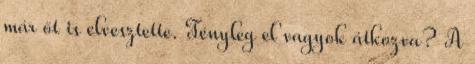
már őt is elvesztette. Tényleg el vagyok átkozva? A